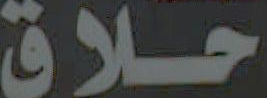
حلاق